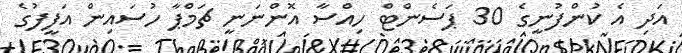
އަދި އެ ކުންފުނީގެ 30 ޕަސެންޓް ހިއްސާ އޮންނަނީ ޗަމްޕާ ހުސައިން އަފީފުގެ